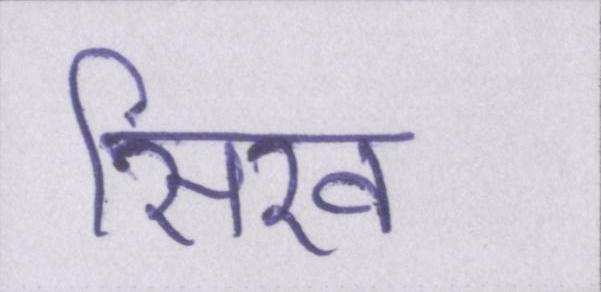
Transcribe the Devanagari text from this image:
सिख